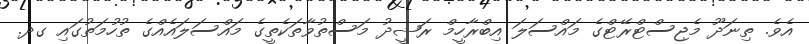
އެވެ. ތިނަދޫ މެޖިސްޓްރޭޓްގެ މައްސަލަ އިބްރާހީމް ރަޝީދު މަސްތުވާތަކެތީގެ މައްސަލައެއްގެ ތުހުމަތުގައި ގދ.